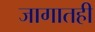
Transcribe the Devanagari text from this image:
जागातही